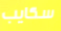
سكايب